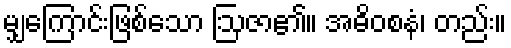
မျှကြောင်းဖြစ်သော ဩဇာ၏။ အဓိဝစနံ၊ တည်း။